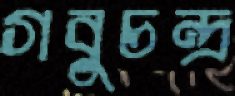
গবুচন্দ্র